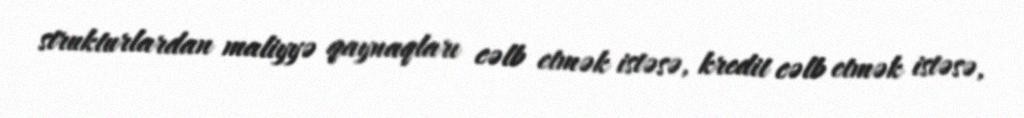
strukturlardan maliyyə qaynaqları cəlb etmək istəsə, kredit cəlb etmək istəsə,